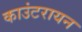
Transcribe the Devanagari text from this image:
काउंटरायन